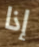
إذا